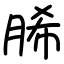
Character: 脪